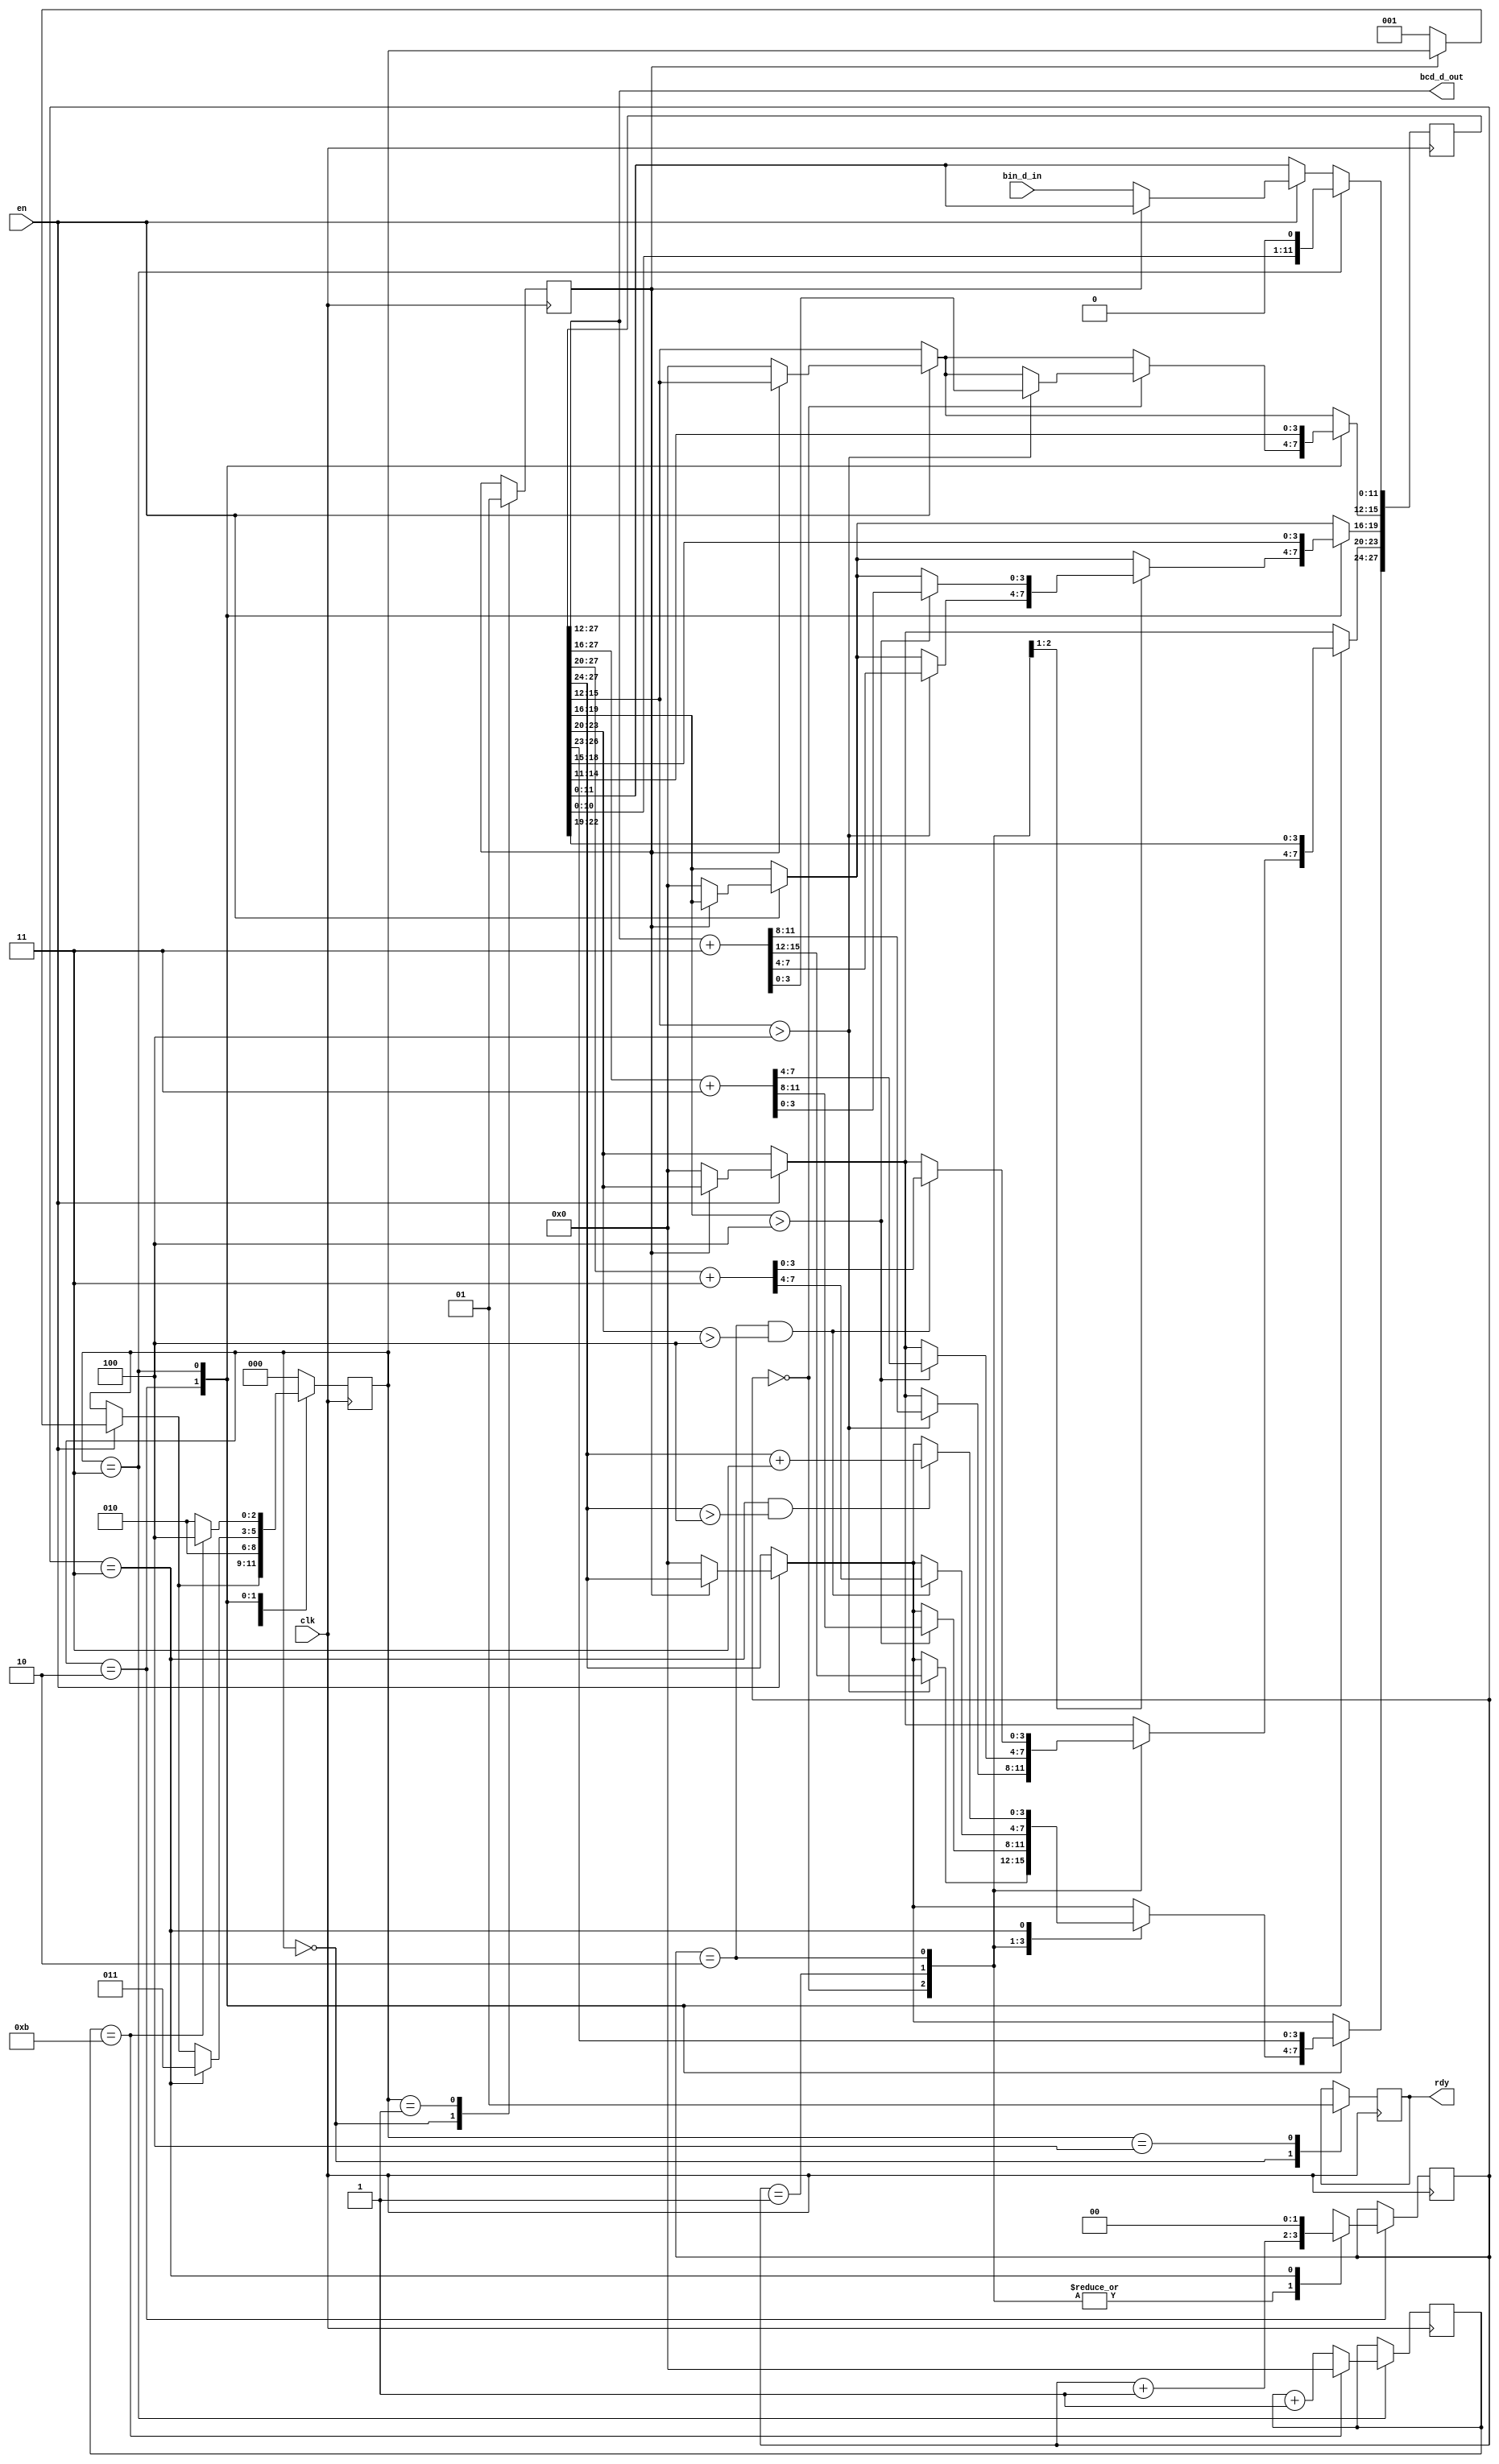
`timescale 1ns / 1ps
//////////////////////////////////////////////////////////////////////////////////
// Company: 
// Engineer: 
// 
// Design Name: 
// Module Name: bin2BCD
// Project Name: 
// Target Devices: 
// Tool Versions: 
// Description: 
// 
// Dependencies: 
// 
// Revision:
// Revision 0.01 - File Created
// Additional Comments:
// 
//////////////////////////////////////////////////////////////////////////////////


`timescale 1ns / 1ps
//////////////////////////////////////////////////////////////////////////////////
// Company: 
// Engineer: 
// 
// Design Name: 
// Module Name: bin2BCD
// Project Name: 
// Target Devices: 
// Tool Versions: 
// Description: 
// 
// Dependencies: 
// 
// Revision:
// Revision 0.01 - File Created
// Additional Comments:
// 
//////////////////////////////////////////////////////////////////////////////////


module bin2BCD(

   
    input           clk,
    input           en,
    input   [11:0]  bin_d_in,
    output  [15:0]  bcd_d_out,
   output          rdy
    );
    
    //State variables
    parameter IDLE      = 3'b000;
    parameter SETUP     = 3'b001;
    parameter ADD       = 3'b010;
    parameter SHIFT     = 3'b011;
    parameter DONE      = 3'b100;
    
    //reg [11:0]  bin_data    = 0;
    reg [27:0]  bcd_data    = 0;
    reg [2:0]   state       = 0;
    reg         busy        = 0;
    reg [3:0]   sh_counter  = 0;
    reg [1:0]   add_counter = 0;
    reg         result_rdy  = 0;
    
    
    always @(posedge clk)
        begin
        if(en)
            begin
                if(~busy)
                    begin
                    bcd_data    <= {16'b0, bin_d_in};
                    state       <= SETUP;
                    end
            end
        
        case(state)
        
            IDLE:
                begin
                    result_rdy  <= 0;
                    busy        <= 0;
                end
                
            SETUP:
                begin
                busy        <= 1;
                state       <= ADD;
                end
                    
            ADD:
                begin
                
                case(add_counter)
                    0:
                        begin
                        if(bcd_data[15:12] > 4)
                            begin
                                bcd_data[27:12] <= bcd_data[27:12] + 3;
                            end
                            add_counter <= add_counter + 1;
                        end
                    
                    1:
                        begin
                        if(bcd_data[19:16] > 4)
                            begin
                                bcd_data[27:16] <= bcd_data[27:16] + 3;
                            end
                            add_counter <= add_counter + 1;
                        end
                        
                    2:
                        begin
                        if((add_counter == 2) && (bcd_data[23:20] > 4))
                            begin
                                bcd_data[27:20] <= bcd_data[27:20] + 3;
                            end
                            add_counter <= add_counter + 1;
                        end
                        
                    3:
                        begin
                        if((add_counter == 3) && (bcd_data[27:24] > 4))
                            begin
                                bcd_data[27:24] <= bcd_data[27:24] + 3;
                            end
                            add_counter <= 0;
                            state   <= SHIFT;
                        end
                    endcase
                end
                
            SHIFT:
                begin
                sh_counter  <= sh_counter + 1;
                bcd_data    <= bcd_data << 1;
                
                if(sh_counter == 11)
                    begin
                    sh_counter  <= 0;
                    state       <= DONE;
                    end
                else
                    begin
                    state   <= ADD;
                    end

                end
 
            
            DONE:
                begin
                result_rdy  <= 1;
                state       <= IDLE;
                end
            default:
                begin
                state <= IDLE;
                end
            
            endcase
            
        end
    assign bcd_d_out    = bcd_data[27:12];
   assign rdy          = result_rdy;
endmodule